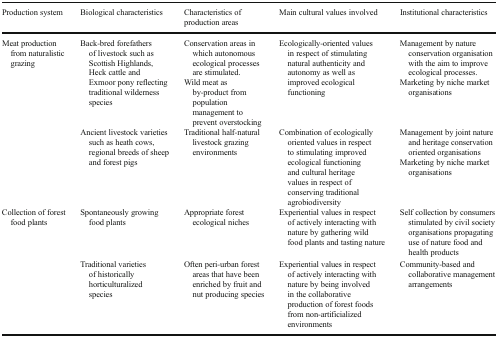
| Production system | Biological characteristics | Characteristics of production areas | Main cultural values involved | Institutional characteristics |
 | --- | --- | --- | --- | --- |
 | <ROWSPAN=2> Meat production from naturalistic grazing | Back-bred forefathers of livestock such as Scottish Highlands, Heck cattle and Exmoor pony reflecting traditional wilderness species | Conservation areas in which autonomous ecological processes are stimulated.Wild meat as by-product from population management to prevent overstocking | Ecologically-oriented values in respect of stimulating natural authenticity and autonomy as well as improved ecological functioning | Management by nature conservation organisation with the aim to improve ecological processes.Marketing by niche market organisations |
 | Ancient livestock varieties such as heath cows, regional breeds of sheep and forest pigs | Traditional half-natural livestock grazing environments | Combination of ecologically oriented values in respect to stimulating improved ecological functioning and cultural heritage values in respect of conserving traditional agrobiodiversity | Management by joint nature and heritage conservation oriented organisationsMarketing by niche market organisations |
 | <ROWSPAN=2> Collection of forest food plants | Spontaneously growing food plants | Appropriate forest ecological niches | Experiential values in respect of actively interacting with nature by gathering wild food plants and tasting nature | Self collection by consumers stimulated by civil society organisations propagating use of nature food and health products |
 | Traditional varieties of historically horticulturalized species | Often peri-urban forest areas that have been enriched by fruit and nut producing species | Experiential values in respect of actively interacting with nature by being involved in the collaborative production of forest foods from non-artificialized environments | Community-based and collaborative management arrangements |